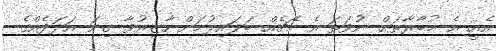
އެއީ އެ މުބާރާތަށް ނުވަތަ އެ މެޗެއް ބަލައިލުމަށް ހާޒިރުވާ ގިނަ އަދަދެއްގެ